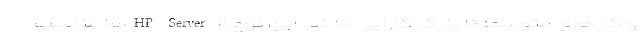
و کارهای متوسط تا بزرگ کارایی دارند. این نوع از HP Server‌ها مناسب